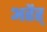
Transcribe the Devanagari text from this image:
अहैर्